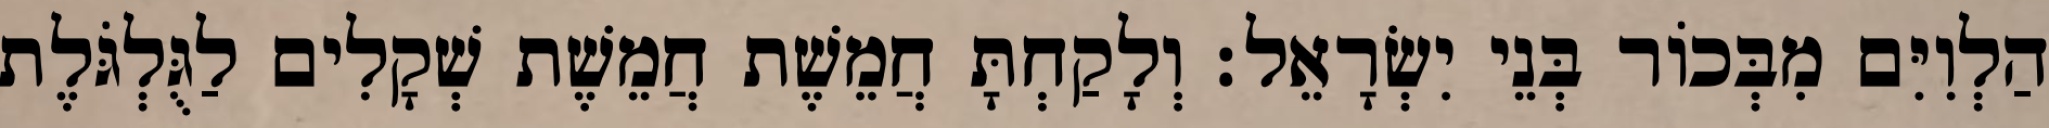
הַלְוִיִּם מִבְּכוֹר בְּנֵי יִשְׂרָאֵל׃ וְלָקַחְתָּ חֲמֵשֶׁת חֲמֵשֶׁת שְׁקָלִים לַגֻּלְגֹּלֶת